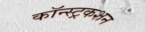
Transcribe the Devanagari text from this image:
कॉन्स्ट्रकशन